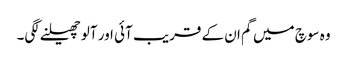
وہ سوچ میں گم ان کے قریب آئی اور آلو چھیلنے لگی۔